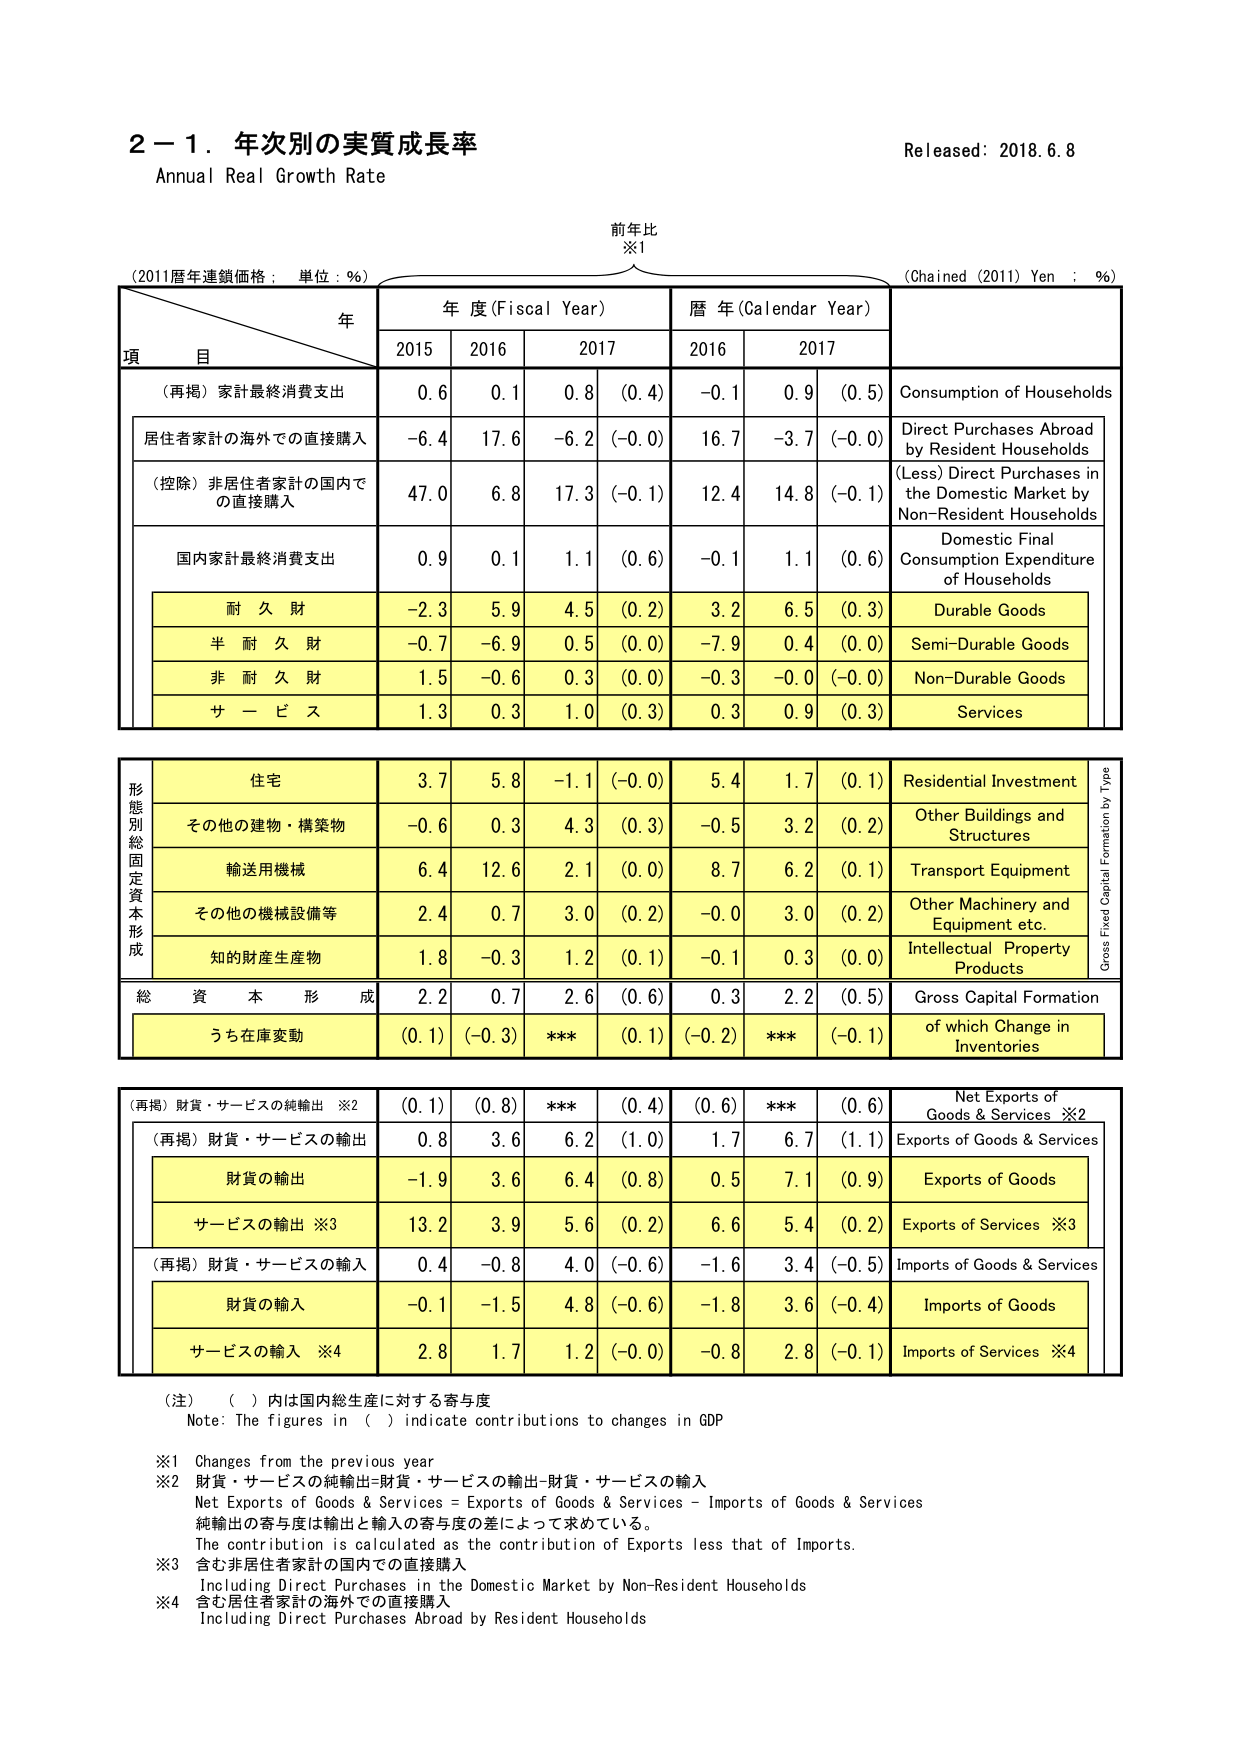
2－1．年次別の実質成長率
Annual Real Growth Rate
Released: 2018.6.8

前年比
※1

(2011暦年連鎖価格：単位：％)
年
(Chained (2011) Yen : %)

項 目
年度 (Fiscal Year)
暦 年 (Calendar Year)

2015
2016
2017
2016
2017

（再掲）家計最終消費支出
0.6
0.1
0.8
(0.4)
-0.1
0.9
(0.5)
Consumption of Households

居住者家計の海外での直接購入
-6.4
17.6
-6.2
(-0.0)
16.7
-3.7
(-0.0)
Direct Purchases Abroad by Resident Households

（控除）非居住者家計の国内での直接購入
47.0
6.8
17.3
(-0.1)
12.4
14.8
(-0.1)
(Less) Direct Purchases in the Domestic Market by Non-Resident Households

国内家計最終消費支出
0.9
0.1
1.1
(0.6)
-0.1
1.1
(0.6)
Domestic Final Consumption Expenditure of Households

耐 久 財
-2.3
5.9
4.5
(0.2)
3.2
6.5
(0.3)
Durable Goods

半 耐 久 財
-0.7
-6.9
0.5
(0.0)
-7.9
0.4
(0.0)
Semi-Durable Goods

非 耐 久 財
1.5
-0.6
0.3
(0.0)
-0.3
-0.0
(-0.0)
Non-Durable Goods

サ ー ビ ス
1.3
0.3
1.0
(0.3)
0.3
0.9
(0.3)
Services

形態別総固定資本形成
住宅
3.7
5.8
-1.1
(-0.0)
5.4
1.7
(0.1)
Residential Investment

その他の建物・構築物
-0.6
0.3
4.3
(0.3)
-0.5
3.2
(0.2)
Other Buildings and Structures

輸送用機械
6.4
12.6
2.1
(0.0)
8.7
6.2
(0.1)
Transport Equipment

その他の機械設備等
2.4
0.7
3.0
(0.2)
-0.0
3.0
(0.2)
Other Machinery and Equipment etc.

知的財産生産物
1.8
-0.3
1.2
(0.1)
-0.1
0.3
(0.0)
Intellectual Property Products

総 資 本 形 成
2.2
0.7
2.6
(0.6)
0.3
2.2
(0.5)
Gross Capital Formation

うち在庫変動
(0.1)
(-0.3)
***
(0.1)
(-0.2)
***
(-0.1)
of which Change in Inventories

（再掲）財貨・サービスの純輸出 ※2
(0.1)
(0.8)
***
(0.4)
(0.6)
***
(0.6)
Net Exports of Goods & Services ※2

（再掲）財貨・サービスの輸出
0.8
3.6
6.2
(1.0)
1.7
6.7
(1.1)
Exports of Goods & Services

財貨の輸出
-1.9
3.6
6.4
(0.8)
0.5
7.1
(0.9)
Exports of Goods

サービスの輸出 ※3
13.2
3.9
5.6
(0.2)
6.6
5.4
(0.2)
Exports of Services ※3

（再掲）財貨・サービスの輸入
0.4
-0.8
4.0
(-0.6)
-1.6
3.4
(-0.5)
Imports of Goods & Services

財貨の輸入
-0.1
-1.5
4.8
(-0.6)
-1.8
3.6
(-0.4)
Imports of Goods

サービスの輸入 ※4
2.8
1.7
1.2
(-0.0)
-0.8
2.8
(-0.1)
Imports of Services ※4

（注）（ ）内は国内総生産に対する寄与度
Note: The figures in ( ) indicate contributions to changes in GDP

※1 Changes from the previous year
※2 財貨・サービスの純輸出=財貨・サービスの輸出-財貨・サービスの輸入
Net Exports of Goods & Services = Exports of Goods & Services – Imports of Goods & Services
純輸出の寄与度は輸出と輸入の寄与度の差によって求めている。
The contribution is calculated as the contribution of Exports less that of Imports.
※3 含む非居住者家計の国内での直接購入
Including Direct Purchases in the Domestic Market by Non-Resident Households
※4 含む居住者家計の海外での直接購入
Including Direct Purchases Abroad by Resident Households